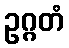
ဥဂ္ဂတံ